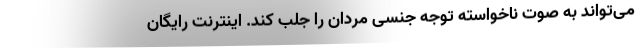
می‌تواند به صوت ناخواسته توجه جنسی مردان را جلب کند. اینترنت رایگان